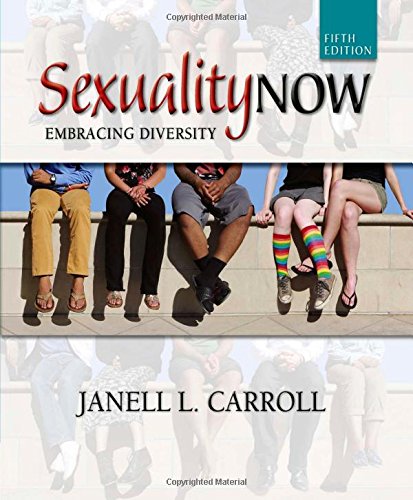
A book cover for Sexuality Now: Embracing Diversity; Janell L. Carroll; Self-Help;